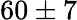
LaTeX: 60\pm 7